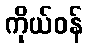
ကိုယ်ဝန်